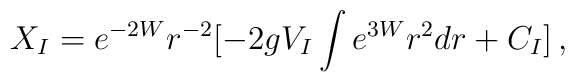
X_I = e^{-2W} r^{-2} [-2 g V_I  \int e^{3W} r^2 dr + C_I]\,,